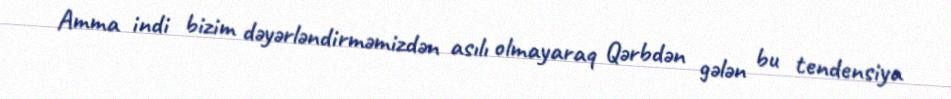
Amma indi bizim dəyərləndirməmizdən asılı olmayaraq Qərbdən gələn bu tendensiya